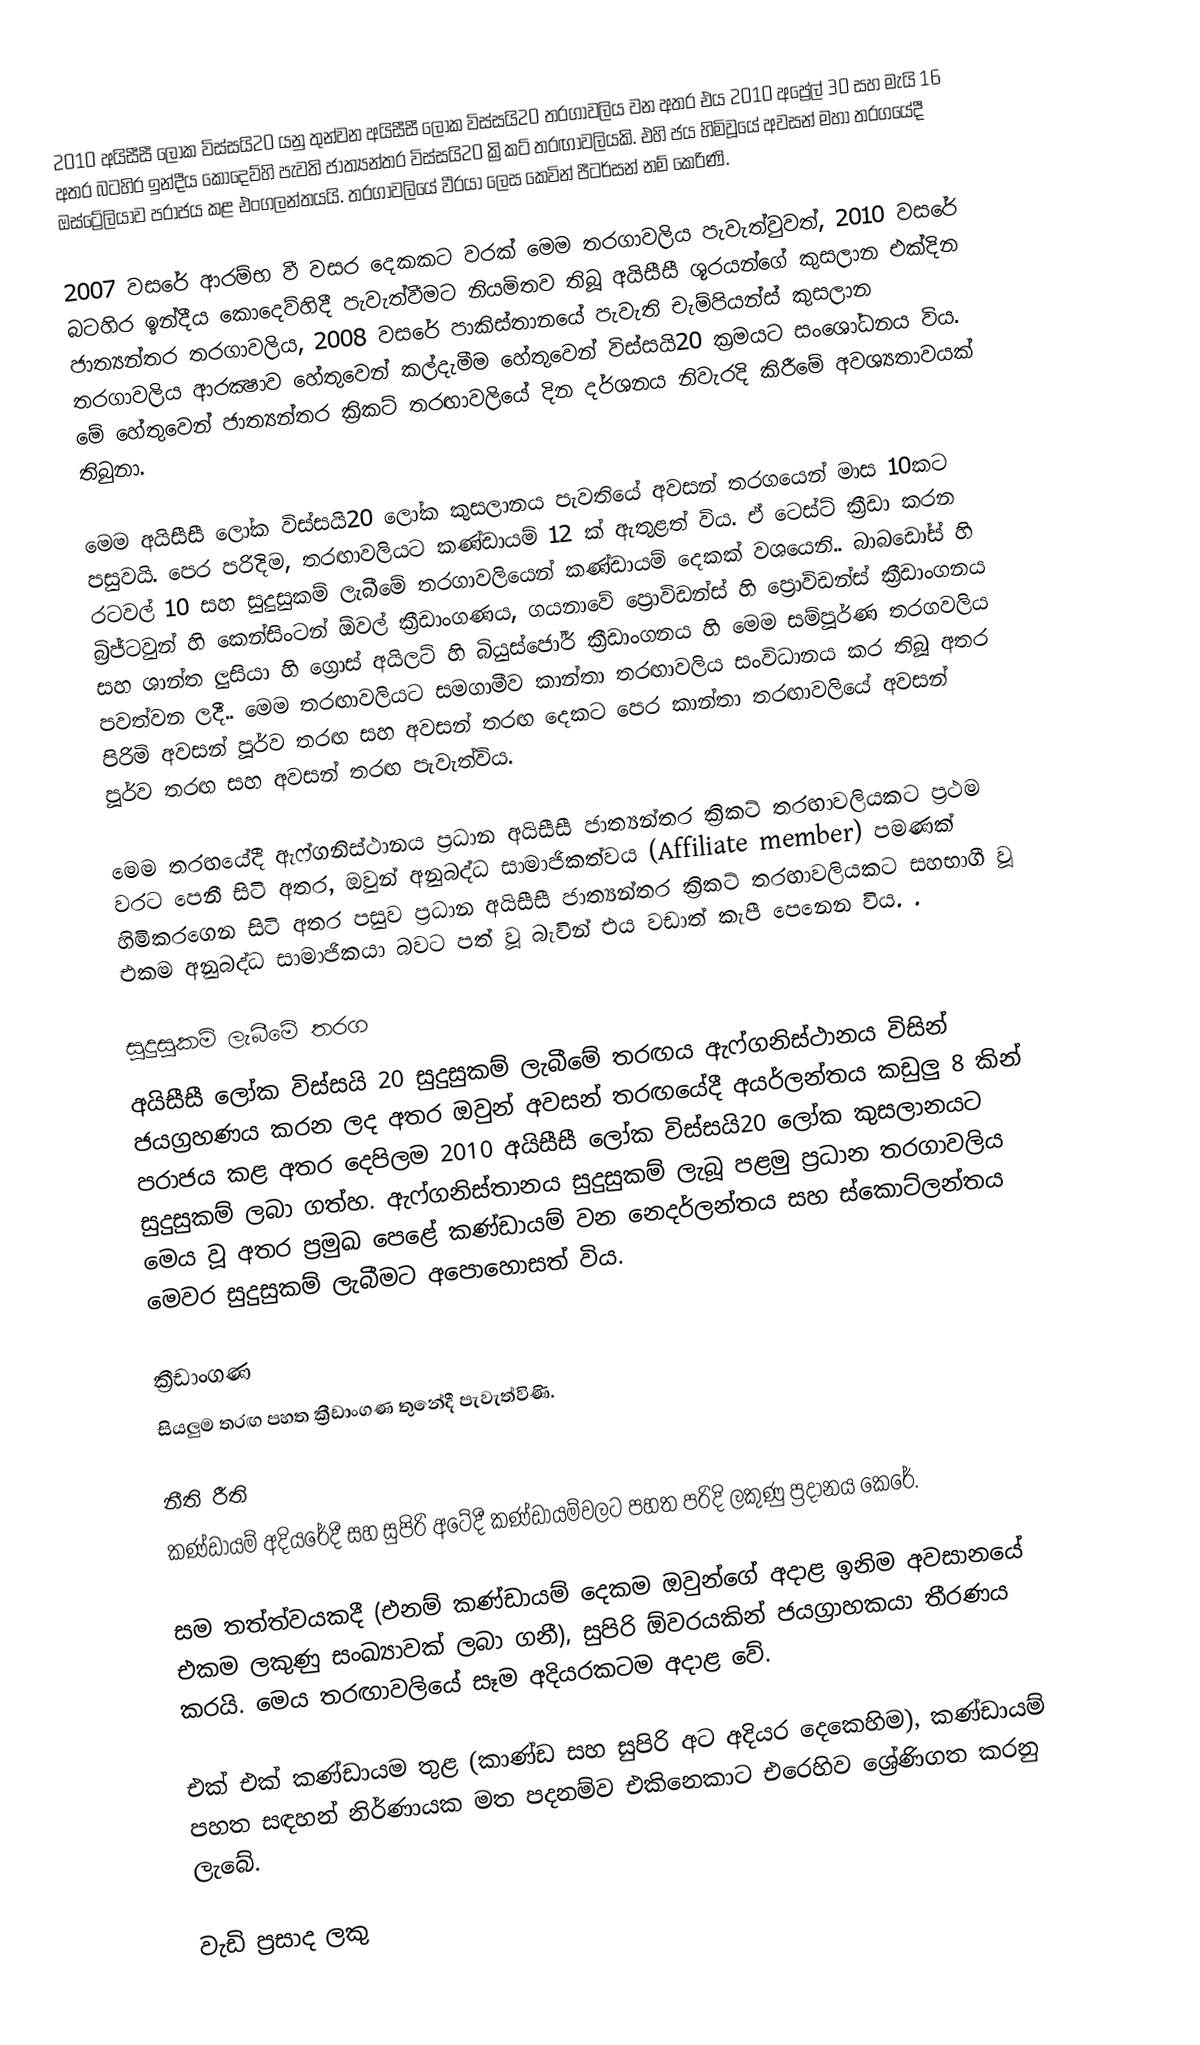
2010 අයිසීසී ලෝක විස්සයි20 යනු තුන්වන අයිසීසී ලෝක විස්සයි20 තරගාවලිය වන අතර එය 2010 අප්‍රේල් 30 සහ මැයි 16 අතර බටහිර ඉන්දීය කොදෙව්හි පැවති ජාත්‍යන්තර විස්සයි20 ක්‍රිකට් තරඟාවලියකි. එහි ජය හිමිවූයේ අවසන් මහා තරගයේදී ඔස්ට්‍රේලියාව පරාජය කළ එංගලන්තයයි. තරගාවලියේ වීරයා ලෙස කෙවින් පීටර්සන් නම් කෙරිණි.

2007 වසරේ ආරම්භ වී වසර දෙකකට වරක් මෙම තරගාවලිය පැවැත්වුවත්, 2010 වසරේ බටහිර ඉන්දීය කොදෙව්හිදී පැවැත්වීමට නියමිතව තිබූ අයිසීසී ශූරයන්ගේ කුසලාන එක්දින ජාත්‍යන්තර තරගාවලිය, 2008 වසරේ පාකිස්තානයේ පැවැති චැම්පියන්ස් කුසලාන තරගාවලිය ආරක්‍ෂාව හේතුවෙන් කල්දැමීම හේතුවෙන් විස්සයි20 ක්‍රමයට සංශෝධනය විය. මේ හේතුවෙන් ජාත්‍යන්තර ක්‍රිකට් තරඟාවලියේ දින දර්ශනය නිවැරදි කිරීමේ අවශ්‍යතාවයක් තිබුනා.

මෙම අයිසීසී ලෝක විස්සයි20 ලෝක කුසලානය පැවතියේ අවසන් තරගයෙන් මාස 10කට පසුවයි. පෙර පරිදිම, තරඟාවලියට කණ්ඩායම් 12 ක් ඇතුළත් විය. ඒ ටෙස්ට් ක්‍රීඩා කරන රටවල් 10 සහ සුදුසුකම් ලැබීමේ තරගාවලියෙන් කණ්ඩායම් දෙකක් වශයෙනි.. බාබඩෝස් හි බ්‍රිජ්ටවුන් හි කෙන්සිංටන් ඕවල් ක්‍රීඩාංගණය, ගයනාවේ ප්‍රොවිඩන්ස් හි ප්‍රොවිඩන්ස් ක්‍රීඩාංගනය සහ ශාන්ත ලුසියා හි ග්‍රොස් අයිලට් හි බියුස්ජෝර් ක්‍රීඩාංගනය හි මෙම සම්පූර්ණ තරගවලිය පවත්වන ලදී.. මෙම තරඟාවලියට සමගාමීව කාන්තා තරඟාවලිය සංවිධානය කර තිබූ අතර පිරිමි අවසන් පූර්ව තරඟ සහ අවසන් තරඟ දෙකට පෙර කාන්තා තරඟාවලියේ අවසන් පූර්ව තරඟ සහ අවසන් තරඟ පැවැත්විය.

මෙම තරඟයේදී ඇෆ්ගනිස්ථානය ප්‍රධාන අයිසීසී ජාත්‍යන්තර ක්‍රිකට් තරඟාවලියකට ප්‍රථම වරට පෙනී සිටි අතර, ඔවුන් අනුබද්ධ සාමාජිකත්වය (Affiliate member) පමණක් හිමිකරගෙන සිටි අතර පසුව ප්‍රධාන අයිසීසී ජාත්‍යන්තර ක්‍රිකට් තරඟාවලියකට සහභාගී වූ එකම අනුබද්ධ සාමාජිකයා බවට පත් වූ බැවින් එය වඩාත් කැපී පෙනෙන විය. .

සුදුසුකම් ලැබීමේ තරග
අයිසීසී ලෝක විස්සයි 20 සුදුසුකම් ලැබීමේ තරඟය ඇෆ්ගනිස්ථානය විසින් ජයග්‍රහණය කරන ලද අතර ඔවුන් අවසන් තරඟයේදී අයර්ලන්තය කඩුලු 8 කින් පරාජය කළ අතර දෙපිලම 2010 අයිසීසී ලෝක විස්සයි20 ලෝක කුසලානයට සුදුසුකම් ලබා ගත්හ. ඇෆ්ගනිස්තානය සුදුසුකම් ලැබූ පළමු ප්‍රධාන තරගාවලිය මෙය වූ අතර ප්‍රමුඛ පෙළේ කණ්ඩායම් වන නෙදර්ලන්තය සහ ස්කොට්ලන්තය මෙවර සුදුසුකම් ලැබීමට අපොහොසත් විය.

ක්‍රීඩාංගණ
සියලුම තරඟ පහත ක්‍රීඩාංගණ තුනේදී පැවැත්විණි.

නීති රීති
කණ්ඩායම් අදියරේදී සහ සුපිරි අටේදී කණ්ඩායම්වලට පහත පරිදි ලකුණු ප්‍රදානය කෙරේ.

සම තත්ත්වයකදී (එනම් කණ්ඩායම් දෙකම ඔවුන්ගේ අදාළ ඉනිම අවසානයේ එකම ලකුණු සංඛ්‍යාවක් ලබා ගනී), සුපිරි ඕවරයකින් ජයග්‍රාහකයා තීරණය කරයි. මෙය තරඟාවලියේ සෑම අදියරකටම අදාළ වේ.

එක් එක් කණ්ඩායම තුළ (කාණ්ඩ සහ සුපිරි අට අදියර දෙකෙහිම), කණ්ඩායම් පහත සඳහන් නිර්ණායක මත පදනම්ව එකිනෙකාට එරෙහිව ශ්‍රේණිගත කරනු ලැබේ.

 වැඩි ප්‍රසාද ලකු